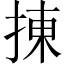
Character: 㨂